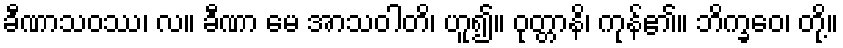
ခီဏာသဝဿ၊ လ။ ခီဏာ မေ အာသဝါတိ၊ ဟူ၍။ ဝုတ္တာနိ၊ ကုန်၏။ ဘိက္ခဝေ၊ တို့။